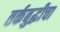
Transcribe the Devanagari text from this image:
तर्कबुद्धीचा